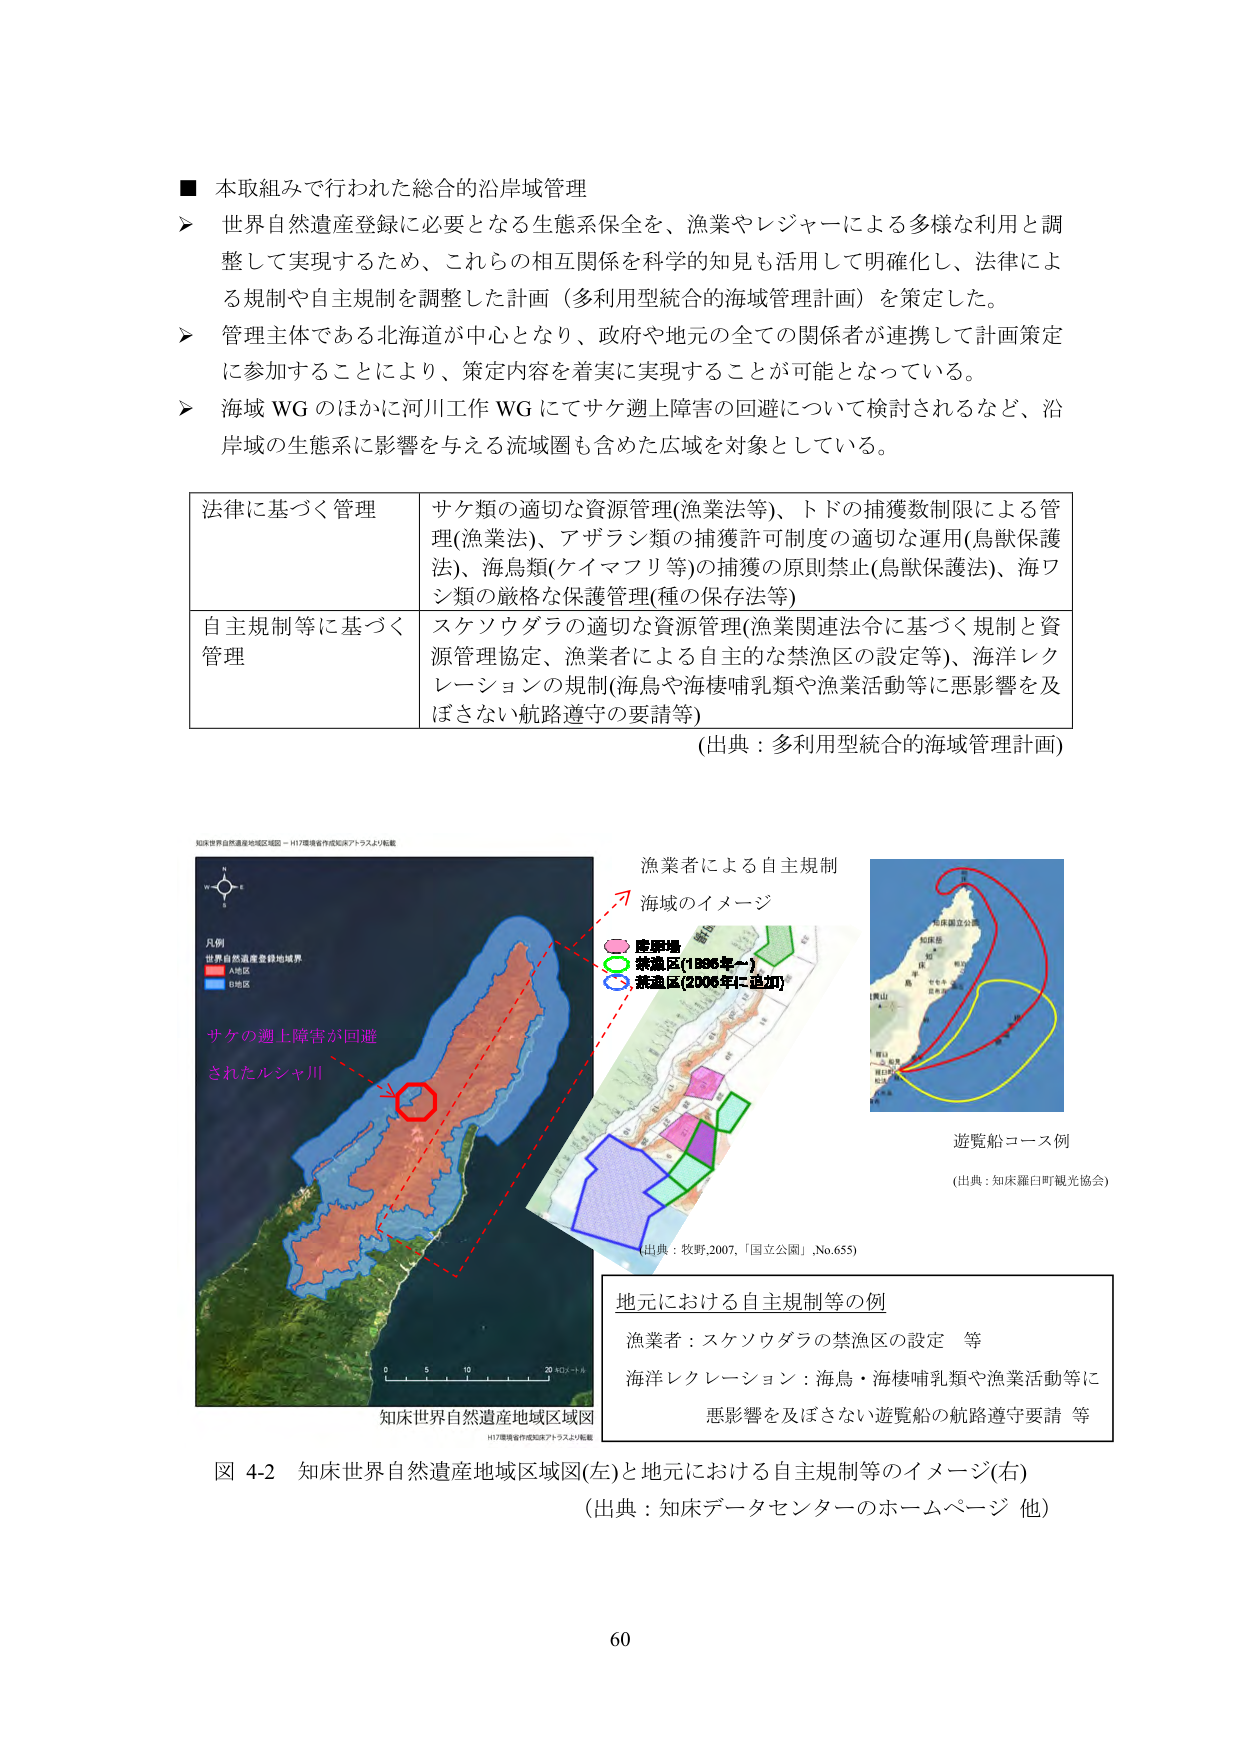
■ 本取組みで行われた総合的沿岸域管理
➤ 世界自然遺産登録に必要となる生態系保全を、漁業やレジャーによる多様な利用と調整して実現するため、これらの相互関係を科学的知見も活用して明確化し、法律による規制や自主規制を調整した計画（多利用型統合的海域管理計画）を策定した。
➤ 管理主体である北海道が中心となり、政府や地元の全ての関係者が連携して計画策定に参加することにより、策定内容を着実に実現することが可能となっている。
➤ 海域 WG のほかに河川工作 WG にてサケ遡上障害の回避について検討されるなど、沿岸域の生態系に影響を与える流域圏も含めた広域を対象としている。

法律に基づく管理　　サケ類の適切な資源管理(漁業法等)、トドの捕獲数制限による管理(漁業法)、アザラシ類の捕獲許可制度の適切な運用(鳥獣保護法)、海鳥類(ケイマフリ等)の捕獲の原則禁止(鳥獣保護法)、海ワシ類の厳格な保護管理(種の保存法等)
自主規制等に基づく管理　　スケソウダラの適切な資源管理(漁業関連法令に基づく規制と資源管理協定、漁業者による自主的な禁漁区の設定等)、海洋レクレーションの規制(海鳥や海棲哺乳類や漁業活動等に悪影響を及ぼさない航路遵守の要請等)
(出典：多利用型統合的海域管理計画)

知床世界自然遺産地域区域図 － H17環境省作成知床アトラスより転載
凡例
世界自然遺産登録地域界
A地区
B地区
サケの遡上障害が回避されたルシャ川
知床世界自然遺産地域区域図
H17環境省作成知床アトラスより転載

漁業者による自主規制
海域のイメージ
産卵場
禁漁区(1996年～)
禁漁区(2006年に追加)
出典：牧野,2007,「国立公園」,No.655

遊覧船コース例
(出典：知床羅臼町観光協会)

地元における自主規制等の例
漁業者：スケソウダラの禁漁区の設定　等
海洋レクレーション：海鳥・海棲哺乳類や漁業活動等に悪影響を及ぼさない遊覧船の航路遵守要請　等

図 4-2 知床世界自然遺産地域区域図(左)と地元における自主規制等のイメージ(右)
(出典：知床データセンターのホームページ 他)

60